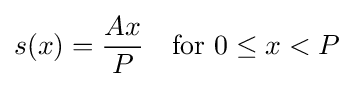
s(x)={\frac {Ax}{P}}\quad {\text{for }}0\leq x<P